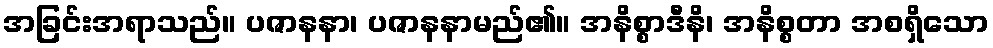
အခြင်းအရာသည်။ ပဇာနနာ၊ ပဇာနနာမည်၏။ အနိစ္စာဒီနိ၊ အနိစ္စတာ အစရှိသော